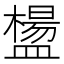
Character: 𥂸